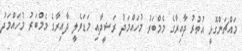
މައްޗަންގޮޅީ އުތުރު ދާއިރާގެ މެމްބަރު މުހައްމަދު ރަޝީދާއި މަޑަވެލީ ދާއިރާގެ މެމްބަރު މުހައްމަދު